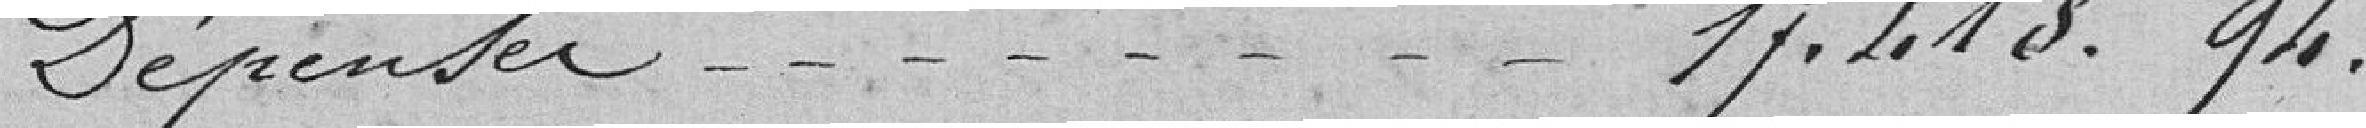
Dépenses 17 418,94